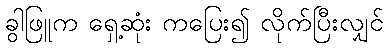
ခွါဖြူက ရှေ့ဆုံး ကပြေး၍ လိုက်ပြီးလျှင်